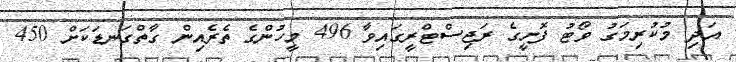
އަދި މުކުރިމަގު ވޯޓު ފޮށީގެ ރަޖިސްޓްރީގައިވާ 496 މީހުންގެ ތެރެއިން ގާތްގަނޑަކަށް 450